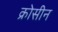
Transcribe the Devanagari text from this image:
क्रोसीन